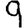
Digit: 9